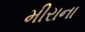
મીરાના